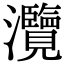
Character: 灠